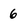
Character: 6